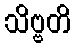
သိဗ္ဗတိ